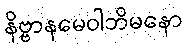
နိဗ္ဗာနမေဝါဘိမနော